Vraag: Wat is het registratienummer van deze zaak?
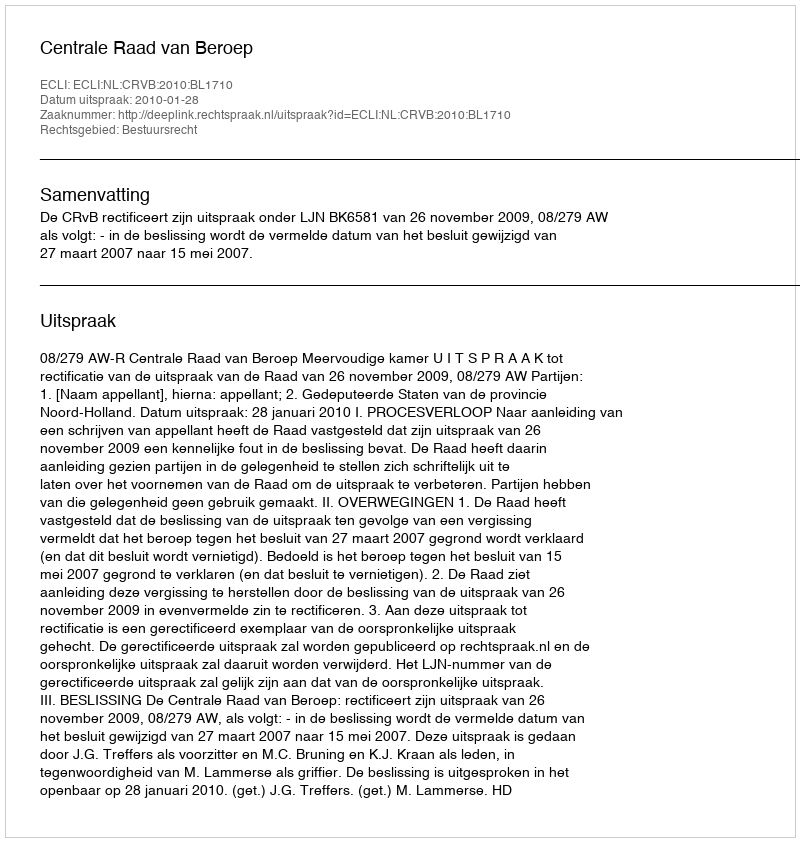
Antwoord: http://deeplink.rechtspraak.nl/uitspraak?id=ECLI:NL:CRVB:2010:BL1710